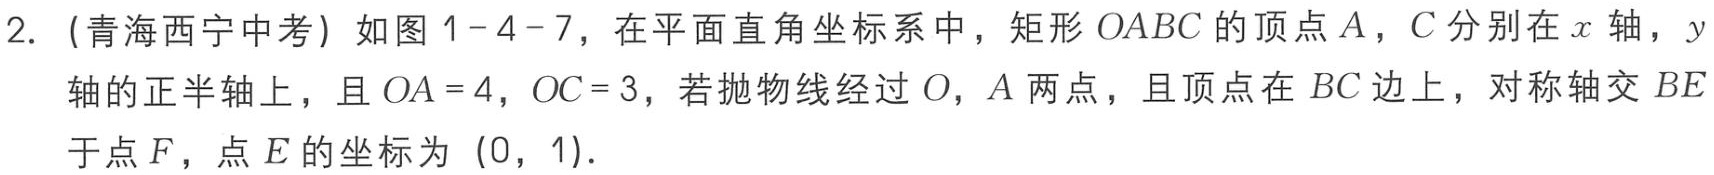
2. (青海西宁中考) 如图1 - 4 - 7，在平面直角坐标系中，矩形 \(OABC\) 的顶点 \(A\)，\(C\) 分别在 \(x\) 轴，\(y\) 轴的正半轴上，且 \(OA = 4\)，\(OC = 3\)，若抛物线经过 \(O\)，\(A\) 两点，且顶点在 \(BC\) 边上，对称轴交 \(BE\) 于点 \(F\)，点 \(E\) 的坐标为 \((0,1)\)．